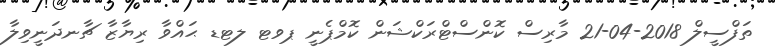
ތަފްސީލް 2018-04-21 މާރިސް ކޮންސްޓްރަކްޝަން ކޮމްޕެނީ ޕވޓ ލޓޑ ޙައްވާ ރިޔާޒާ ޗާނދަނީވިލާ